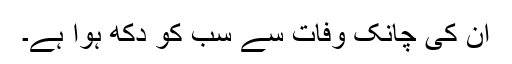
ان کی چانک وفات سے سب کو دکھ ہوا ہے۔